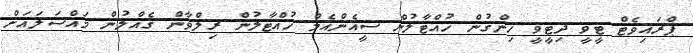
ޕްރައިވެޓް ޓީވީ ދިޓީވީ ހިންގުން ހުއްޓާލުން ސީއެންއެމް ހުއްޓާލުން ރިލްވާން ގެއްލުން މައްސަލައަށް